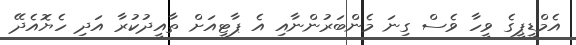
އެމްޑީޕީގެ ވީހާ ވެސް ގިނަ މެންބަރުންނާއި އެ ޕާޓީއަށް ތާއީދުކުރާ އަދި ހެޔޮއެދޭ